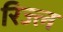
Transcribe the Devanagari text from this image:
रिज्ल